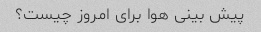
پیش بینی هوا برای امروز چیست؟